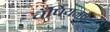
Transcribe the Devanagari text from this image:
चँपियनपद